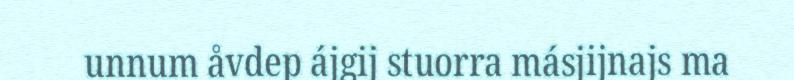
unnum åvdep ájgij stuorra másjijnajs ma